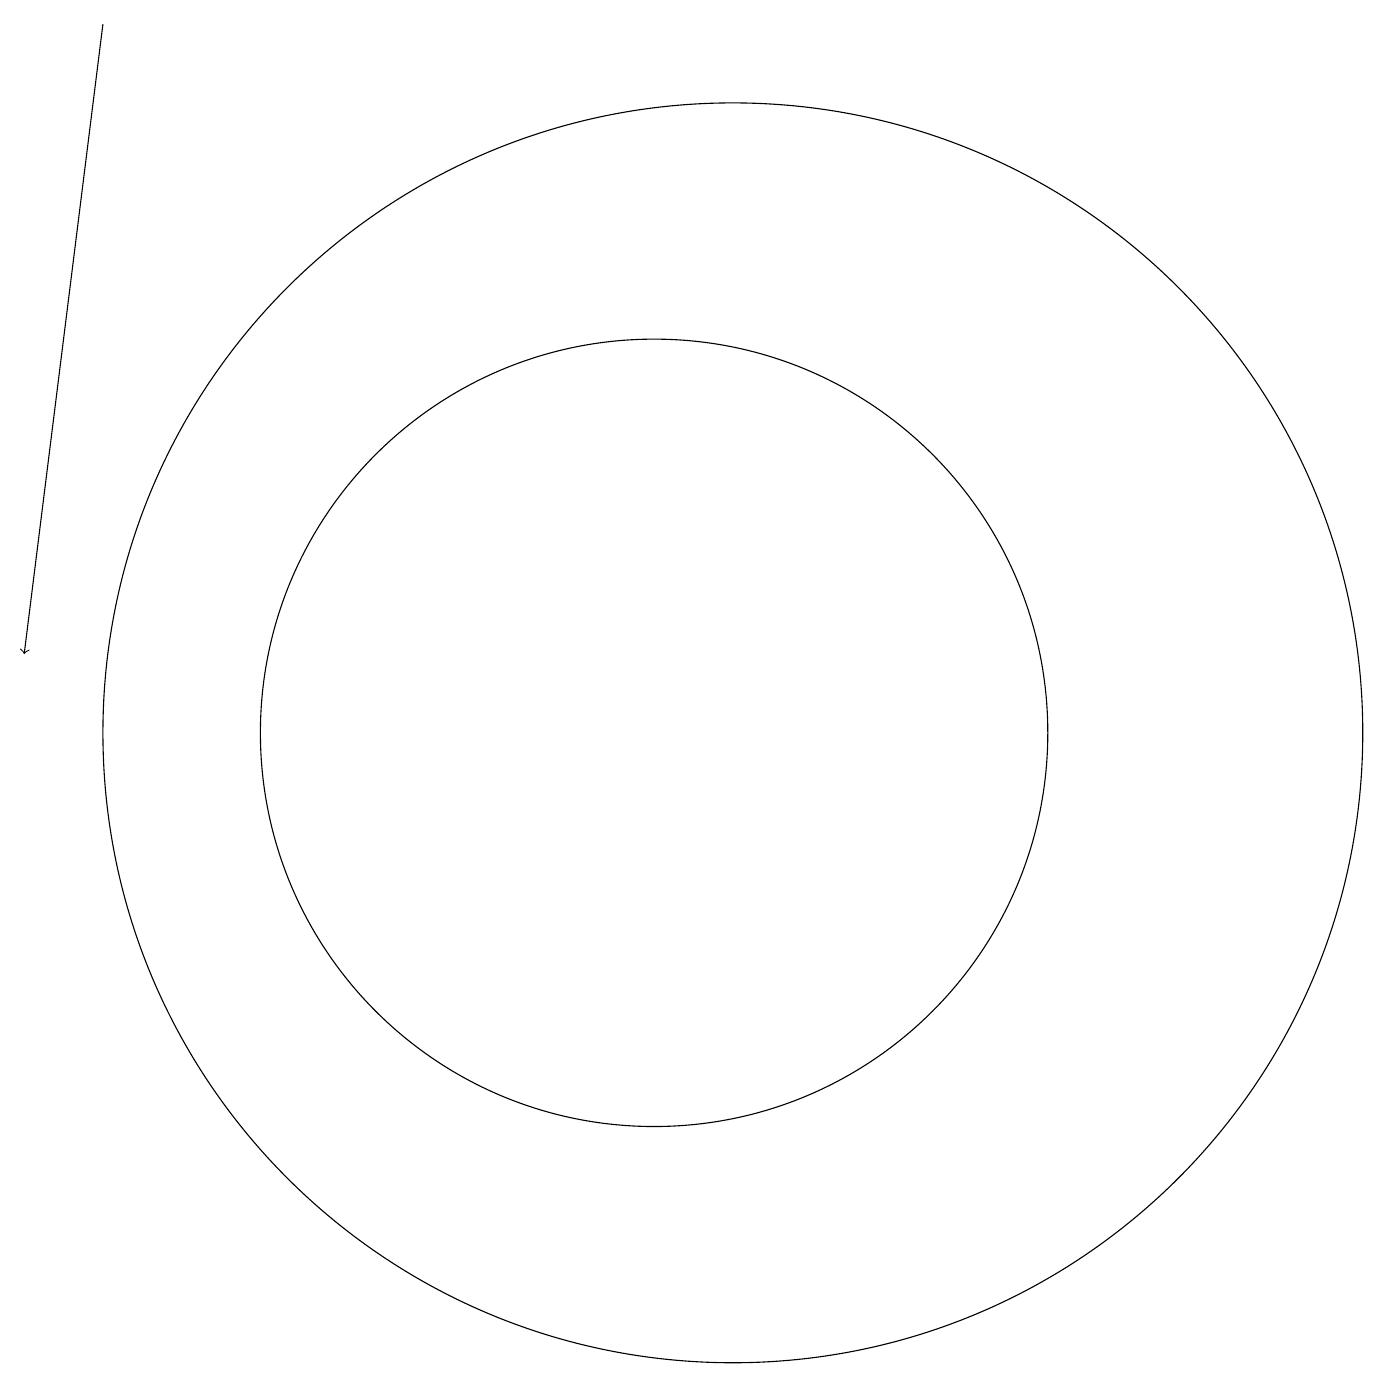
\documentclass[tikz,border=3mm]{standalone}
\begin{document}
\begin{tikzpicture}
\draw (11,10) circle (8);
\draw[->] (3,19) -- (2,11);
\draw (10,10) circle (5);
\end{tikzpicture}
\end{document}